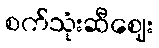
စက်သုံးဆီဈေး